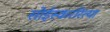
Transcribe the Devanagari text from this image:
सोईस्कररित्या